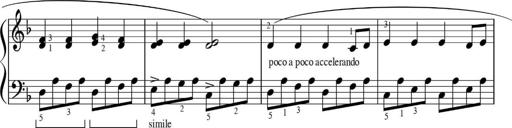
Title: Sonatinas
Composer: Andrew Violette